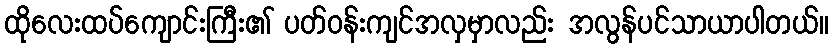
ထိုလေးထပ်ကျောင်းကြီး၏ ပတ်ဝန်းကျင်အလှမှာလည်း အလွန်ပင်သာယာပါတယ်။